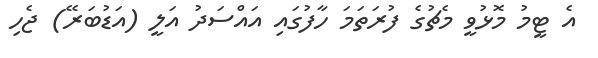
އެ ޓީމު މޮޅުވީ މެޗުގެ ފުރަތަމަ ހާފުގައި އައްސަދު އަލީ (އަޑުބަރޭ) ޖެހި